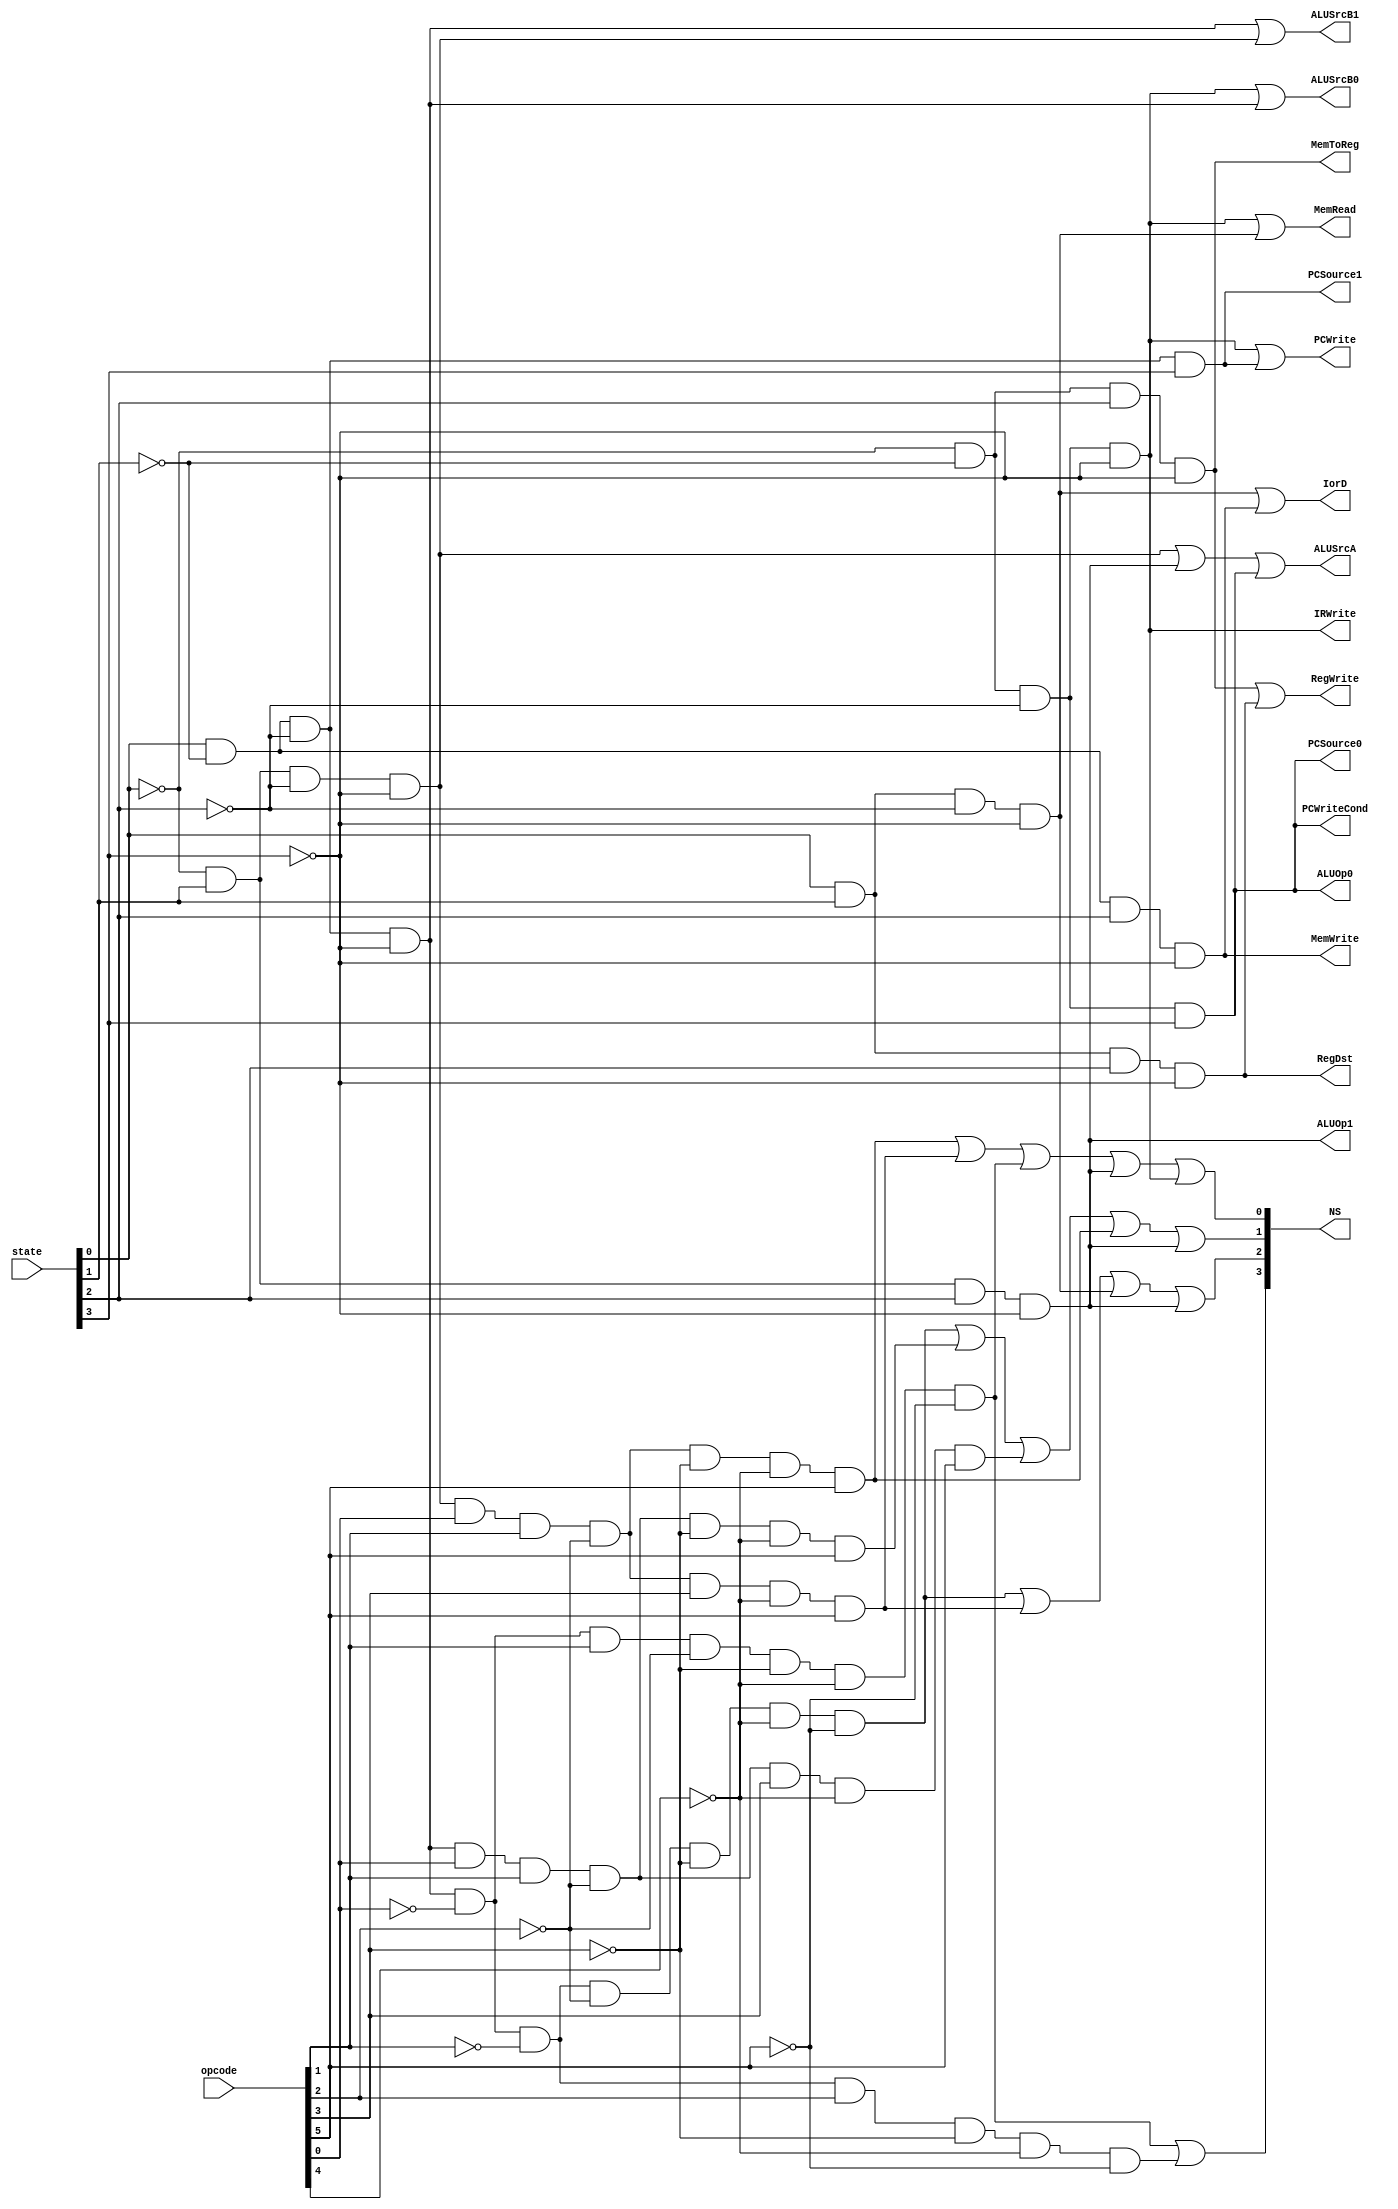
module MultiCycle_Control(opcode, state, PCWrite, PCWriteCond, IorD, MemRead, MemWrite, IRWrite, MemToReg, PCSource1, PCSource0, ALUOp1, ALUOp0, ALUSrcB1, ALUSrcB0, ALUSrcA, RegWrite, RegDst, NS);
    input [5:0] opcode;
	input [3:0] state;
	output PCWrite, PCWriteCond, IorD, MemRead, MemWrite, IRWrite, MemToReg, PCSource1, PCSource0, ALUOp1, ALUOp0, ALUSrcB1, ALUSrcB0, ALUSrcA, RegWrite, RegDst;
	output [3:0] NS;

    wire [16:0] ands;
		
	assign ands[0] = ((~state[0]) & (~state[1]) & (~state[2]) & (~state[3]) );
	assign ands[1] = ((state[0]) & (~state[1]) & (~state[2]) & (~state[3]) );
	assign ands[2] = ((~state[0]) & (state[1]) & (~state[2]) & (~state[3]) );
	assign ands[3] = ((state[0]) & (state[1]) & (~state[2]) & (~state[3]) );
	assign ands[4] = ((~state[0]) & (~state[1]) & (state[2]) & (~state[3]) );
	assign ands[5] = ((state[0]) & (~state[1]) & (state[2]) & (~state[3]) );
	assign ands[6] = ((~state[0]) & (state[1]) & (state[2]) & (~state[3]) );
	assign ands[7] = ((state[0]) & (state[1]) & (state[2]) & (~state[3]) );
	assign ands[8] = ((~state[0]) & (~state[1]) & (~state[2]) & (state[3]) );
	assign ands[9] = ((state[0]) & (~state[1]) & (~state[2]) & (state[3]) );
	assign ands[10] = ((state[0]) & (~state[1]) & (~state[2]) & (~state[3]) & (~opcode[0]) & (opcode[1]) & (~opcode[2]) & (~opcode[3]) & (~opcode[4]) & (~opcode[5]) );
	assign ands[11] = ((state[0]) & (~state[1]) & (~state[2]) & (~state[3]) & (~opcode[0]) & (~opcode[1]) & (opcode[2]) & (~opcode[3]) & (~opcode[4]) & (~opcode[5]) );
	assign ands[12] = ((state[0]) & (~state[1]) & (~state[2]) & (~state[3]) & (~opcode[0]) & (~opcode[1]) & (~opcode[2]) & (~opcode[3]) & (~opcode[4]) & (~opcode[5]) );
	assign ands[13] = ((~state[0]) & (state[1]) & (~state[2]) & (~state[3]) & (opcode[0]) & (opcode[1]) & (~opcode[2]) & (opcode[3]) & (~opcode[4]) & (opcode[5]) );
	assign ands[14] = ((state[0]) & (~state[1]) & (~state[2]) & (~state[3]) & (opcode[0]) & (opcode[1]) & (~opcode[2]) & (~opcode[3]) & (~opcode[4]) & (opcode[5]) );
	assign ands[15] = ((state[0]) & (~state[1]) & (~state[2]) & (~state[3]) & (opcode[0]) & (opcode[1]) & (~opcode[2]) & (opcode[3]) & (~opcode[4]) & (opcode[5]) );
	assign ands[16] = ((~state[0]) & (state[1]) & (~state[2]) & (~state[3]) & (opcode[0]) & (opcode[1]) & (~opcode[2]) & (~opcode[3]) & (~opcode[4]) & (opcode[5]) );
	
	assign PCWrite = ands[0] | ands[9];
	assign PCWriteCond = ands[8];
	assign IorD = ands[3] | ands[5];
	assign MemRead = ands[0] | ands[3];
	assign MemWrite = ands[5];
	assign IRWrite = ands[0];
	assign MemToReg = ands[4];
	assign PCSource1 = ands[9] ;
	assign PCSource0 = ands[8];
	assign ALUOp1 = ands[6];
	assign ALUOp0 = ands[8];
	assign ALUSrcB1 = ands[1] | ands[2];
	assign ALUSrcB0 = ands[0] | ands[1]; 
	assign ALUSrcA = ands[2] | ands[6] | ands[8] ;
	assign RegWrite = ands[4] | ands[7] ;
	assign RegDst = ands[7] ;
	
	assign NS[3] = ands[10] | ands[11] ;
	assign NS[2] = ands[12] | ands[13] | ands[3] | ands[6] ;
	assign NS[1] = ands[12] | ands[14] | ands[15] | ands[16] | ands[6] ;
	assign NS[0] = ands[16] | ands[13] | ands[10] | ands[6] | ands[0] ;
			
endmodule